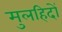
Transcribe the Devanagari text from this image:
मुलहिदों